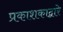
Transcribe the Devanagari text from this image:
प्रकाशकाद्वारे